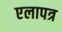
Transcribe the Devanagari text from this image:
एलापत्र